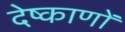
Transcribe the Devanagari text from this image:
देष्काणों